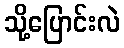
သို့ပြောင်းလဲ